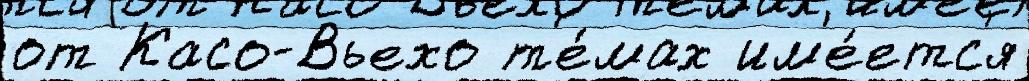
от Касо-Вьехо т'е́мах им'е́етс'я